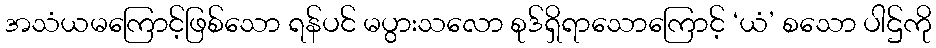
အသံယမကြောင့်ဖြစ်သော ရန်ပင် မပွားသလော စုဒ်ရှိရာသောကြောင့် ‘ယံ’ စသော ပါဌ်ကို